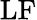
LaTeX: \mathrm{LF}